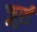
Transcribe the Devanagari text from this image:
ज़ुर्स